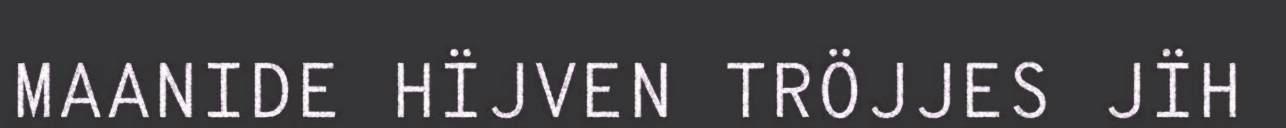
MAANIDE HÏJVEN TRÖJJES JÏH